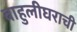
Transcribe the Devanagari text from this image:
बाहुलीघराची